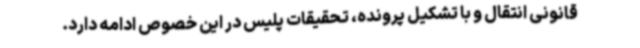
قانونی انتقال و با تشکیل پرونده، تحقیقات پلیس در این خصوص ادامه دارد.